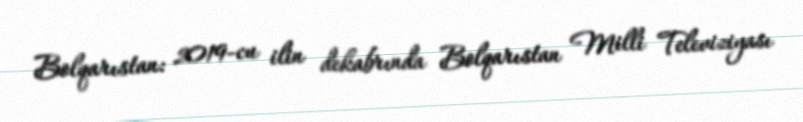
Bolqarıstan: 2019-cu ilin dekabrında Bolqarıstan Milli Televiziyası